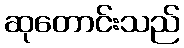
ဆုတောင်းသည်